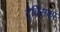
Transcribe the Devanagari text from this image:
ट्रैविसका